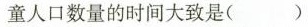
童人口数量的时间大致是（）